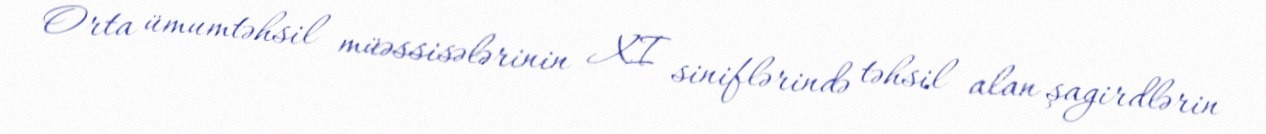
Orta ümumtəhsil müəssisələrinin XI siniflərində təhsil alan şagirdlərin